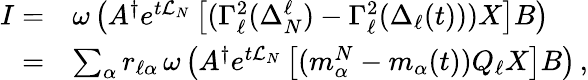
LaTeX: \begin{array}{rl}{I=}&{\omega\left(A^{\dagger}e^{t\mathcal{L}_{N}}\left[(\Gamma_{\ell}^{2}(\Delta_{N}^{\ell})-\Gamma_{\ell}^{2}(\Delta_{\ell}(t)))X\right]B\right)}\\ {=}&{\sum_{\alpha}r_{\ell\alpha}\, \omega\left(A^{\dagger}e^{t\mathcal{L}_{N}}\left[(m_{\alpha}^{N}-m_{\alpha}(t))Q_{\ell}X\right]B\right)\, ,}\end{array}